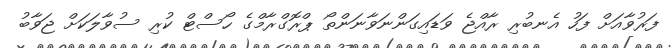
ފަރުވާއަށް ފަހު އެނބުރި ރާއްޖެ ވަޑައިގަންނަވާނަންތޯ ޕްރޮގްރާމްގެ ހޯސްޓް ކުރި ސުވާލަކަށް ޖަވާބު